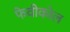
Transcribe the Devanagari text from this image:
फेवीकोल